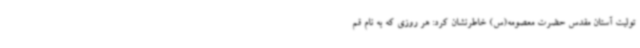
تولیت آستان مقدس حضرت معصومه(س) خاطرنشان کرد: هر روزی که به نام قم